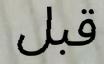
قبل